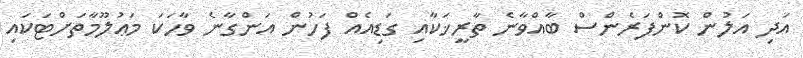
އަދި އަލުން ކޮންފަރެންސް ބާއްވާނެ ތާރީޚަކާއި ގަޑިއެއް ފަހުން އަންގާނެ ވާހަކަ މަޢުލޫމާތަށްޓަކައި